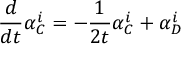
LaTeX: \frac { d } { d t } \alpha _ { C } ^ { i } = - \frac { 1 } { 2 t } \alpha _ { C } ^ { i } + \alpha _ { D } ^ { i }